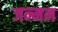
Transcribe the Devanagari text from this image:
जन्मन